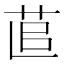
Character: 𦯭